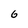
Character: 6